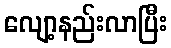
လျော့နည်းလာပြီး